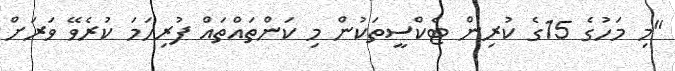
"މި މަހުގެ 15ގެ ކުރިން ޓެކްސީތަކުން މި ކަންތައްތައް ފުރިހަމަ ކުރެވޭ ވަރަށް